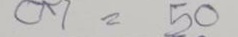
07 = 50